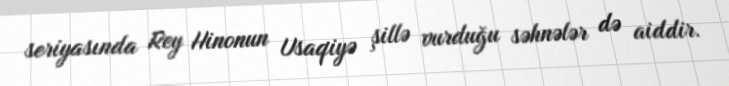
seriyasında Rey Hinonun Usaqiyə şillə vurduğu səhnələr də aiddir.